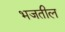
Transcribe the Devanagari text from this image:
भजतील